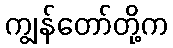
ကျွန်တော်တို့က